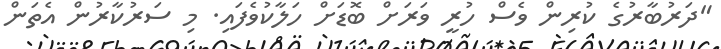
"ދަރުބާރުގެ ކުރިން ވެސް ހުރީ ވަރަށް ބޮޑަށް ހަލާކުވެފައި. މި ސަރުކާރުން އެތަން